Calcutta medical institutions reports 1892-1900
Year: 1892
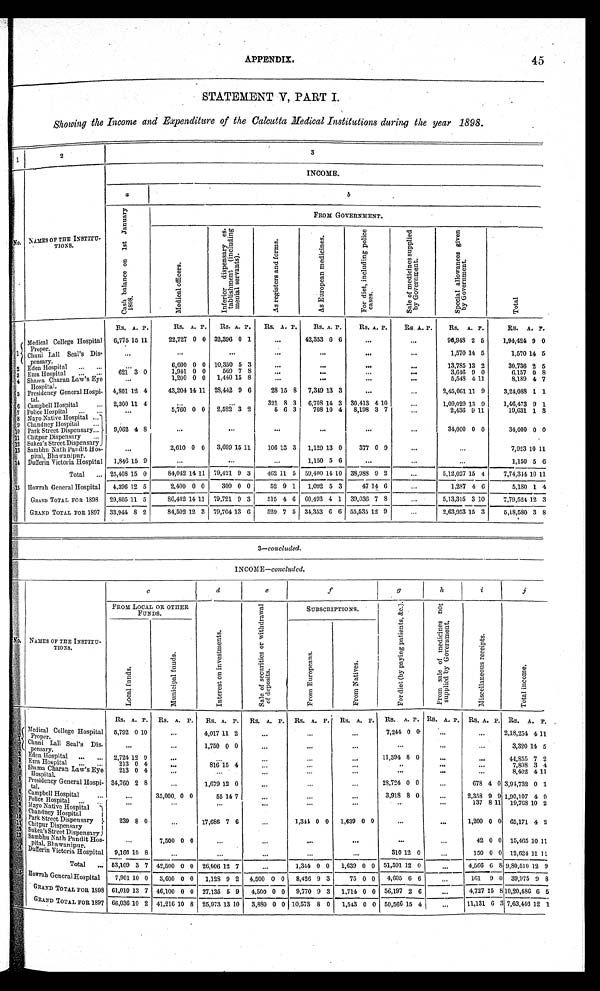
APPENDIX.
45
STATEMENT V, PART I.
Showing the Income and Expenditure of the Calcutta Medical Institutions during the year 1898.
1
2
3
N o . NAMES OF THE INSTITU-TIONS.
INCOME.
a
b
C a s h b a l a n c e o n 1 s t J a n u a r y 1 8 9 8 .
FROM GOVERNMENT.
M e d i c a l o f f i c e r s .
I n f e r i o r d i s p e n s a r y e s - t a b l i s h m e n t ( i n c l u d i n g m e n i a l s e r v a n t s ) .
A s r e g i s t e r s a n d f o r m s .
A s E u r o p e a n m e d i c i n e s .
F o r d i e t , i n c l u d i n g p o l i c e c a s e s .
S a l e o f m e d i c i n e s s u p p l i e d b y G o v e r n m e n t .
S p e c i a l a l l o w a n c e s g i v e n b y G o v e r n m e n t .
T o t a l .
Rs. A. P.
Rs. A. P.
Rs. A. P.
R s . A. P.
Rs. A. P.
Rs. A. P.
Rs. A. P.
Rs. A. P.
Rs. A. P.
1
Medical College Hospital
Proper.
6,775 15 11
22,727 0 0 32,396 0 1
. . .
42,353 6 6
. . .
. . .
96,948 2 5
1,94,424 9 0
Chuni Lall Seal's Dis-
pensary.
. . .
. . .
. . .
. . .
. . .
. . .
. . .
1,570 14 5
1,570 1 4 5
. . .
6,600 0 0 10,350 5 3
. . .
. . .
. . .
. . .
13,785 13 2
30,736 2 5
2 Eden Hospital . . .
621 3 0
1,941 0 0
569 7 8
. . .
. . . . . .
. . .
3,646 9 0
6,157 0 8
3 Ezra Hospital . . .
. . . 1,200 0 0 1,440 15 8
. . .
. . .
. . .
. . .
5,548 4 11
8,189 4 7
4 Shama Charan Law's Eye
Hospital.
4,801 12 4
43,204 14 11 28,442 9 6
28 15 8 7,349 13 3
. . .
. . .
2,45,061 11 9
3,24,088 1 1
5 Presidency General Hospi-
tal.
2,300 11 4
. . .
. . .
321 8 3 6,708 14 3 30,413 4 10
. . .
1,09,029 13 9
1,46,473 9 1
6 Campbell Hospital . . .
. . .
5 , 7 6 0 0 0 2,522 3 2
5 6 3
708 10 4 8,198 3 7
. . .
2,436 9 11
19,631 1 3
7 Police Hospital . . .
8 Mayo Native Hospital . . .
9,062 4 8
. . .
. . .
. . .
. . .
. . .
. . .
34,000 0 0
34,000 0 0
9 Chandney Hospital . . .
10 Park Street Dispensary . . .
11 Chitpur Dispensary . . .
12 Sukea's Street Dispensary
. . . 2,610 0 0
3,699 15 11
106 1 3 3 1,129 13 0
377 0 9
. . .
. . .
7,923 10
1 1
1 3 Sambhu Nath Pandit Hos-
pital, Bhawanipur.
1,846 15 9
. . .
. . .
. . .
1,150 5 6
. . .
. . .
. . .
1,150 5 6
1 4 Dufferin Victoria Hospital
Total . . . 25,408 15 0
84,042 1411 79,421 9 3
462 11 5 59,400 14 10 38,988 9 2
. . .
5,12,027 15 4
7 , 7 4 , 3 4 4
10 11
1 5 Howrah General Hospital
4,396 12 5
2,400 0 0
300 0 0
52 9 1
1,092 5 3
47
1 4
6
. . .
1,287 4 6
5,180 1 4
GRAND TOTAL FOR 1898 29,805 11 5
86,442 14 11 79,721 9 3
515 4 0 60,493 4 1 39,036 7 8
. . .
5,13,315 3 10
7,79,524 12 3
GRAND TOTAL FOR 1897 33,944
8
2
84,502 12 3 79,704 13
6
529 7 5 34,353 6 6 55,535 12 9
. . .
2,63,953 15 3
5,18,580 3 8
3—concluded
.
INCOME—concluded.
N o . NAMES OF THE INSTITU-
TIONS.
c
d
e
f
g
h
i
j
FROM LOCAL OR OTHER
FUNDS.
I n t e r e s t o n i n v e s t m e n t s .
S a l e o f s e c u r i t i e s o r w i t h d r a w a l
o f d e p o s i t s .
SUBSCRIPTIONS.
F o r d i e t ( b y p a y i n g p a t i e n t s , & c . ) .
F r o m s a l e o f m e d i c i n e s n o t
s u p p l i e d b y G o v e r n m e n t .
M i s c e l l a n e o u s r e c e i p t s .
T o t a l i n c o m e .
L o c a l f u n d s .
M u n i c i p a l f u n d s .
F r o m E u r o p e a n s .
F r o m N a t i v e s .
Rs. A. P. Rs. A. P. Rs. A. P. Rs. A. P. Rs. A. P. Rs. A. P. Rs. A. P. Rs. A. P. Rs. A. P. Rs. A. P.
1 Medical College Hospital
Proper.
5,792 0 10
. . . 4,017 11 2
. . .
. . .
. . .
7,244 0 0
. . .
. . .
2,18,254
4 11
Chnni Lall Seal's
Dis-
pensary.
. . .
. . . 1,750 0 0
. . .
. . .
. . .
. . .
. . .
. . .
3,320
1 4 5
2 Eden Hospital . . .
2,724 12 9
. . .
. . .
. . .
. . .
. . .
11,394 8 0
. . .
. . .
44,855 7 2
3 Ezra Hospital . . .
213 0 4
. . . 816 15 4
. . .
. . .
. . .
. . .
. . .
. . .
7,808 3 4
4 Shama Charan Law' s Eye
Hospital.
213 0 4
. . .
. . .
. . .
. . .
. . .
. . .
. . .
. . .
8 , 4 0 2
4 11
5 Presidency General Hospi-
tal.
34,760 2 8
. . . 1,679 12 0
. . .
. . .
. . .
28,724 0 0
. . .
678 4 0 3,94,732 0 1
6 Campbell Hospital . . .
. . .
35,000 0 0
55 14 7
. . .
. . .
. . .
3,918 8 0
. . . 2,358 9 0 1,90,107 4 9
7 Police Hospital . . .
. . .
. . .
. . .
. . .
. . .
. . .
. . .
. . .
137 8 11 19,768 10 2
8 Ma yo Na t i ve Hos pi t a l
239 8 0
. . .17,686 7 6
. . .
1,344 0 0 1,639 0 0
. . .
. . . 1,200 0 0 65,171 4 2
9 Chandney Hospital
1 0 Park Street Dispensary
1 1 Chitpur Dispensary
1 2
S u k e a ' s S t r e e t D i s p e n s a r y
1 3
Sambhu Nath Pandit Hos-
pital, Bhawanipur.
. . .
7,500 0 0
. . .
. . .
. . .
. . .
. . .
. . . 42 0 0 15,465 10 11
1 4 Duf f er i n Vi ct or i a Hospi t al
9,16 8 10 8
. . .
. . .
. . .
. . .
. . .
310 12 0
. . . 150 0 0 12,624 11 11
T o t a l . . . 53,109 3 7 42,500 0 0 26,006 12 7
. . .
1,344 0 0 1,639 0 0 51,591 12 0
. . . 4,566 6 8 9,80,510 1 2 9
1 5 Howrah General Hospital
7,901 10 0 3,600 0 0 1,128 9 2 4,500 0 0 8,426 9 3
75 0 0 4,605 6 6
. . .
161 9 0 39,975 9 8
G R A N D T O T A L F O R 1 8 9 8 61,010 13 7 46,100 0 0 27,135 5 9
4,500 0 0 9,770 9 3 1,714 0 0 56,197 2 6
. . .4,727 15 8 10,20,486 6 5
G R A N D T O T A L F O R 1 8 9 7 66,036 10 2 41,216 10 8 25,973 13 10
3,880 0 0 10,573 8 0
1,543 0 0 50,566 15 4
. . .
11,131 6 3 7,63,446 12 1